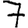
Digit: 7